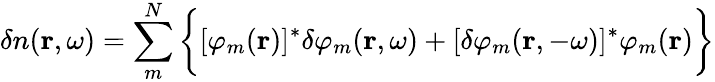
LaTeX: \delta n(\textbf{r},\omega)=\sum_{m}^{N}\bigg\{ [\varphi_{m}(\textbf{r})]^{*}\delta\varphi_{m}(\textbf{r},\omega)+[\delta\varphi_{m}(\textbf{r},-\omega)]^{*}\varphi_{m}(\textbf{r})\bigg\}